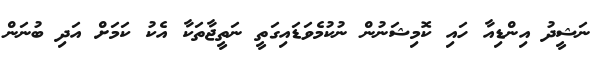
ނަޝީދު އިންޑިއާ ހައި ކޮމިޝަނުން ނުކުމެވަޑައިގަތީ ނަތީޖާތަކާ އެކު ކަމަށް އަދި ބުނަން